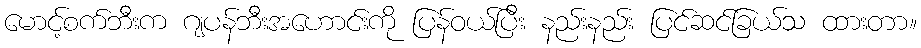
မောင့်စက်ဘီးက ဂျပန်ဘီးအဟောင်းကို ပြန်ဝယ်ပြီး နည်းနည်း ပြင်ဆင်ခြယ်သ ထားတာ။